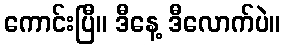
ကောင်းပြီ။ ဒီနေ့ ဒီလောက်ပဲ။